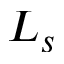
L _ { s }